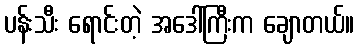
ပန်းသီး ရောင်းတဲ့ အဒေါ်ကြီးက ချောတယ်။